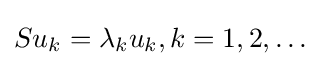
Su_{k}=\lambda _{k}u_{k},k=1,2,\dots